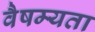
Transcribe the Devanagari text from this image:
वैषम्यता